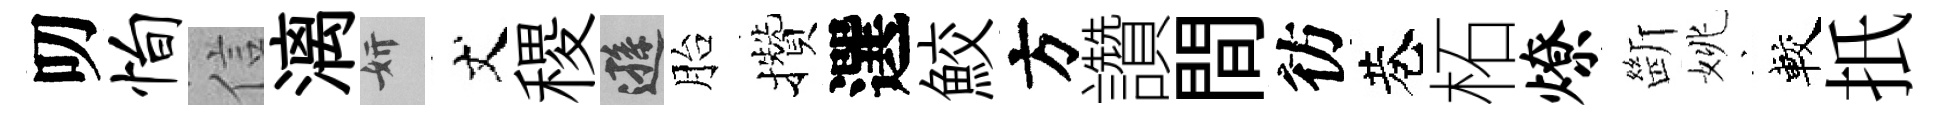
叨恂信漓妍丈稷遜胎攢選鮫方讚間彷巷柘燎㫁姚較扺